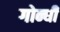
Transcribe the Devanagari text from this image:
गोन्धी